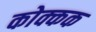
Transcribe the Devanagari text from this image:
कोक्कक